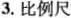
3.比例尺